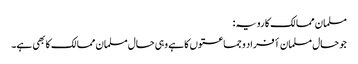
مسلمان ممالک کا رویہ :
جو حال مسلمان أفراد و جماعتوں کا ہے وہی حال مسلمان ممالک کا بھی ہے۔